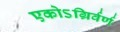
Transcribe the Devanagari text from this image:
एकोऽग्रिर्वर्ण